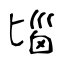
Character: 匘